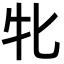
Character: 牝